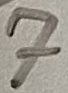
Text: 7